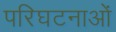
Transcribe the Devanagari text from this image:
परिघटनाओंं